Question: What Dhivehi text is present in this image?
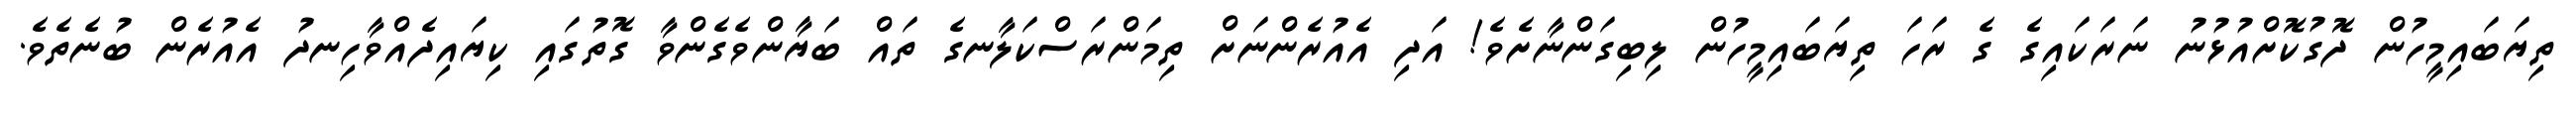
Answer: ތިޔަބައިމީހުން ދޮގުކޮށްއުޅުނު ނަރަކައިގެ ގެ ރަހަ ތިޔަބައިމީހުން ލިބިގަންނާށެވެ! އަދި އެއުރެންނަށް ތިމަންރަސްކަލާނގެ ތައް ބަޔާންވެގެންވާ ގޮތުގައި ކިޔައިދެއްވާހިނދު އެއުރެން ބުނެތެވެ.